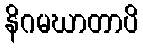
နိဂမဃာတာပိ